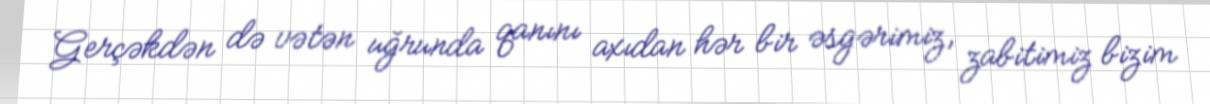
Gerçəkdən də vətən uğrunda qanını axıdan hər bir əsgərimiz, zabitimiz bizim